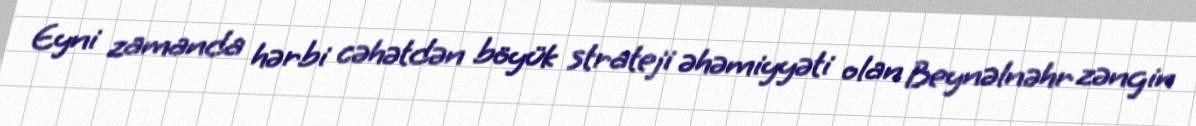
Eyni zamanda hərbi cəhətdən böyük strateji əhəmiyyəti olan Beynəlnəhr zəngin